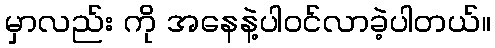
မှာလည်း ကို အနေနဲ့ပါဝင်လာခဲ့ပါတယ်။